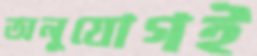
অনুযোগই